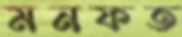
মনফত